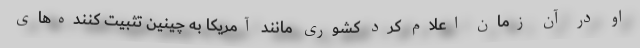
او در آن زمان اعلام کرد کشوری مانند آمریکا به چینین تثبیت کننده‌های